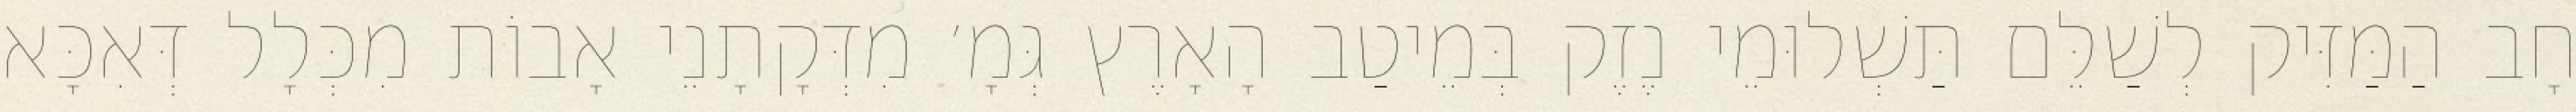
חָב הַמַּזִּיק לְשַׁלֵּם תַּשְׁלוּמֵי נֶזֶק בְּמֵיטַב הָאָרֶץ גְּמָ׳ מִדְּקָתָנֵי אָבוֹת מִכְּלָל דְּאִכָּא